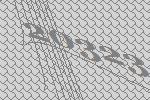
20323